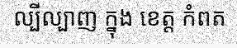
ល្បីល្បាញ ក្នុង ខេត្ត កំពត